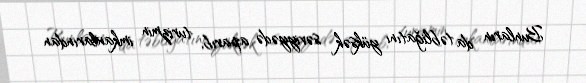
Bunların da təbliğatını yüksək səviyyədə aparıb, turizmin imkanlarından